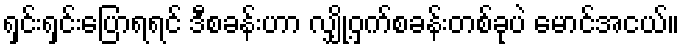
ရှင်းရှင်းပြောရရင် ဒီစခန်းဟာ လျှို့ဝှက်စခန်းတစ်ခုပဲ မောင်အငယ်။